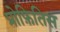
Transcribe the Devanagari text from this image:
प्रोफ़ितिस